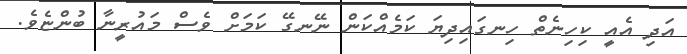
އަދި އެއީ ކިހިނެތް ހިނގައިދިޔަ ކަމެއްކަން ނޭނގޭ ކަމަށް ވެސް މައުރީނާ ބުންޏެވެ.